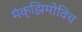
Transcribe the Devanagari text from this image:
मॅक्झिमोविच